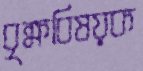
বৃক্ষবিষয়ক